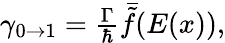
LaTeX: \begin{array}{r}{\gamma_{0\rightarrow 1}=\frac{\Gamma}{\hbar}\bar{\tilde{f}}(E(x)),}\end{array}